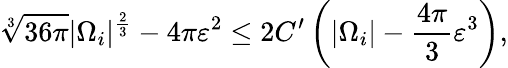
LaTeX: \sqrt[3]{36\pi}|\Omega_{i}|^{\frac{2}{3}}-4\pi\varepsilon^{2}\leq 2C^{\prime}\left(|\Omega_{i}|-\frac{4\pi}{3}\varepsilon^{3}\right),